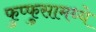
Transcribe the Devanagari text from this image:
फुप्फुसामध्ये